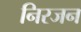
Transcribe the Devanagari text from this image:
निरजन